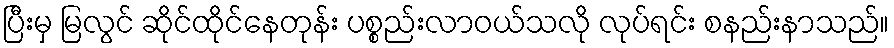
ပြီးမှ မြလွင် ဆိုင်ထိုင်နေတုန်း ပစ္စည်းလာဝယ်သလို လုပ်ရင်း စနည်းနာသည်။